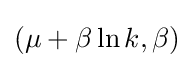
(\mu +\beta \ln k,\beta )